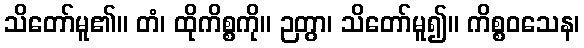
သိတော်မူ၏။ တံ၊ ထိုကိစ္စကို။ ဉတွာ၊ သိတော်မူ၍။ ကိစ္စဝသေန၊